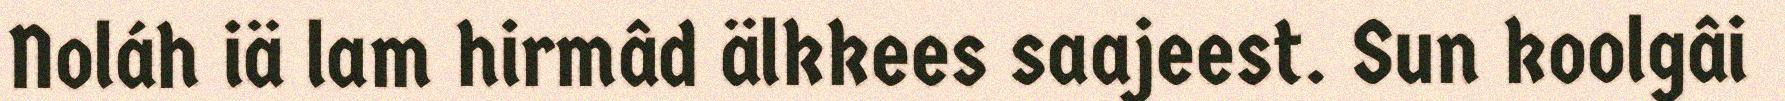
Noláh iä lam hirmâd älkkees saajeest. Sun koolgâi